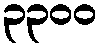
၃၃၀၀